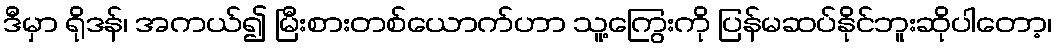
ဒီမှာ ရိုဒန်၊ အကယ်၍ မြီးစားတစ်ယောက်ဟာ သူ့ကြွေးကို ပြန်မဆပ်နိုင်ဘူးဆိုပါတော့၊